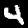
Label: 4